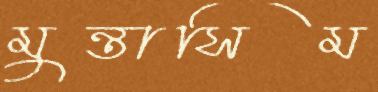
মুন্তাসিম